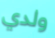
ولدي